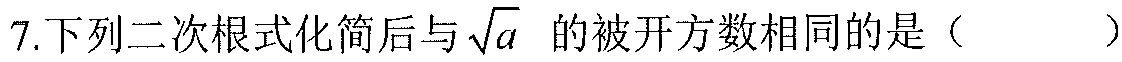
7. 下列二次根式化简后与\(\sqrt{a}\) 的被开方数相同的是（  ）